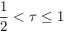
\frac { 1 } { 2 } < \tau \leq 1